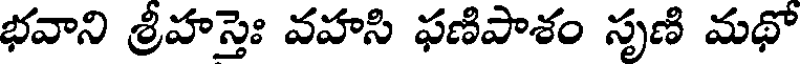
భవాని శ్రీహస్తెః వహసి ఫణిపాశం సృణి మథో